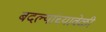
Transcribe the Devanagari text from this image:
बदल्यांच्यावेळी